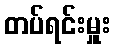
တပ်ရင်းမှူး